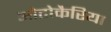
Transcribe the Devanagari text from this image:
ओटोकैरिया